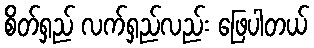
စိတ်ရှည် လက်ရှည်လည်း ဖြေပါတယ်